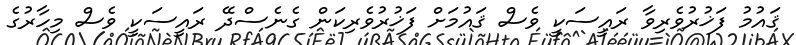
ޤައުމު ފަޚުރުވެރިވާ ރައީސަކީ ވެސް ޤައުމަށް ފަޚުރުވެރިކަން ގެނެސްދޭ ރައީސަކީ ވެސް މިހާރުގެ